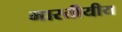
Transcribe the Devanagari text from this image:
भारतीयीय